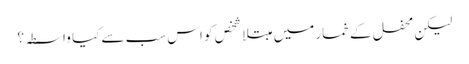
لیکن محفل کے خمار میں مبتلا شخص کو اس سب سے کیا واسطہ؟